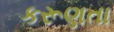
કરૂણતા